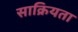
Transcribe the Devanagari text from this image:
साक्रियता